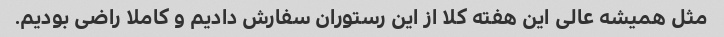
مثل همیشه عالی این هفته کلا از این رستوران سفارش دادیم و کاملا راضی بودیم.